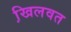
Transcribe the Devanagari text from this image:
खि़लवत